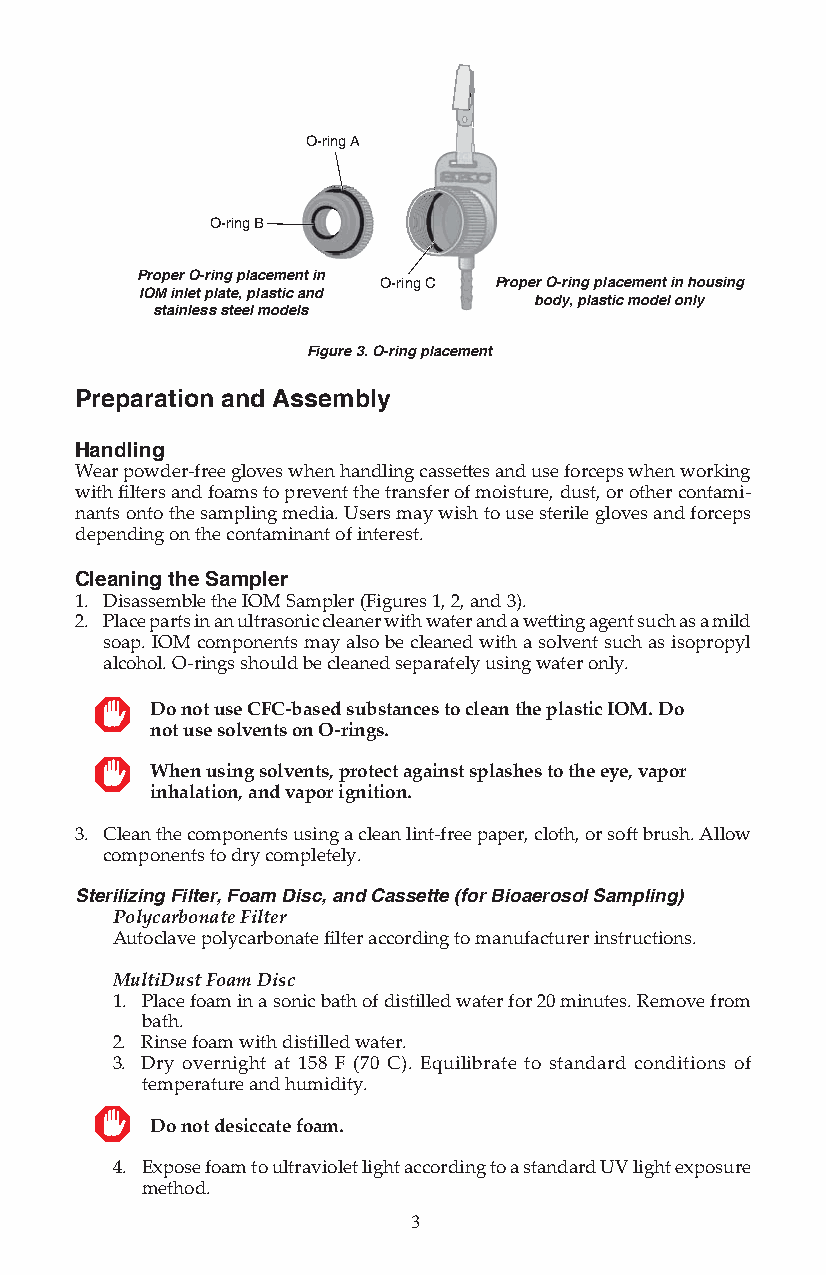
O-ring A
 O-ring B
 Proper O-ring placement in
 O-ring C Proper O-ring placement in housing
 IOM inlet plate, plastic and
 body, plastic model only
 stainless steel models
 Figure 3. O-ring placement
 Preparation and Assembly
 Handling
 Wear powder-free gloves when handling cassett es and use forceps when working
 with fi lters and foams to prevent the transfer of moisture, dust, or other contami-
 nants onto the sampling media. Users may wish to use sterile gloves and forceps
 depending on the contaminant of interest.
 Cleaning the Sampler
 1. Disassemble the IOM Sampler (Figures 1, 2, and 3).
 2. Place parts in an ultrasonic cleaner with water and a wett ing agent such as a mild
 soap. IOM components may also be cleaned with a solvent such as isopropyl
 alcohol. O-rings should be cleaned separately using water only.
 Do not use CFC-based substances to clean the plastic IOM. Do
 not use solvents on O-rings.
 When using solvents, protect against splashes to the eye, vapor
 inhalation, and vapor ignition.
 3. Clean the components using a clean lint-free paper, cloth, or soft brush. Allow
 components to dry completely.
 Sterilizing Filter, Foam Disc, and Cassette (for Bioaerosol Sampling)
 Polycarbonate Filter
 Autoclave polycarbonate fi lter according to manufacturer instructions.
 MultiDust Foam Disc
 1. Place foam in a sonic bath of distilled water for 20 minutes. Remove from
 bath.
 2. Rinse foam with distilled water.
 3. Dry overnight at 158 F (70 C). Equilibrate to standard conditions of
 temperature and humidity.
 Do not desiccate foam.
 4. Expose foam to ultraviolet light according to a standard UV light exposure
 method.
 3